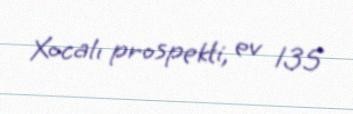
Xocalı prospekti, ev 135